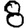
Digit: 8